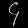
Digit: ၄